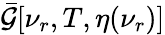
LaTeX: \bar{\mathcal{G}}[\nu_{r},T,\eta(\nu_{r})]